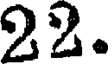
22.